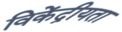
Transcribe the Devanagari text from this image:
विकेंद्रीयता